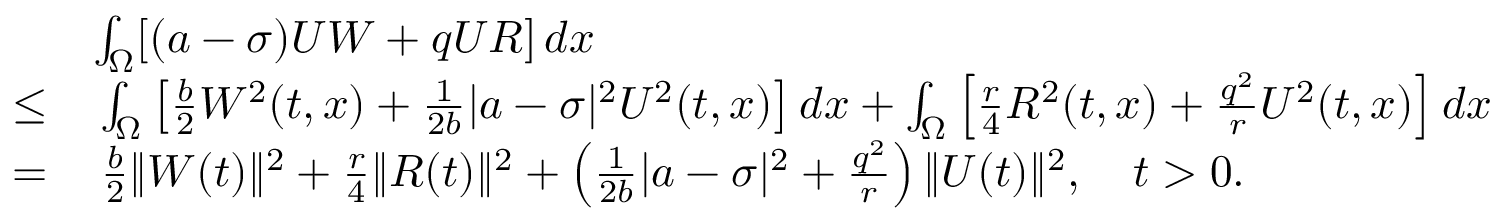
\begin{array} { r l } & { \int _ { \Omega } [ ( a - \sigma ) U W + q U R ] \, d x } \\ { \leq } & { \, \int _ { \Omega } \left[ \frac { b } { 2 } W ^ { 2 } ( t , x ) + \frac { 1 } { 2 b } | a - \sigma | ^ { 2 } U ^ { 2 } ( t , x ) \right] d x + \int _ { \Omega } \left[ \frac { r } { 4 } R ^ { 2 } ( t , x ) + \frac { q ^ { 2 } } { r } U ^ { 2 } ( t , x ) \right] d x } \\ { = } & { \, \frac { b } { 2 } \| W ( t ) \| ^ { 2 } + \frac { r } { 4 } \| R ( t ) \| ^ { 2 } + \left( \frac { 1 } { 2 b } | a - \sigma | ^ { 2 } + \frac { q ^ { 2 } } { r } \right) \| U ( t ) \| ^ { 2 } , \quad t > 0 . } \end{array}